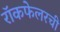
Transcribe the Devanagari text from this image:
रॉकफेलरची